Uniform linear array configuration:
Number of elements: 4
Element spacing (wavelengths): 0.25
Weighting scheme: hamming
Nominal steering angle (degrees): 0
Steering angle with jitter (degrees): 0.7566
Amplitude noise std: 0.05
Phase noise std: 0.05

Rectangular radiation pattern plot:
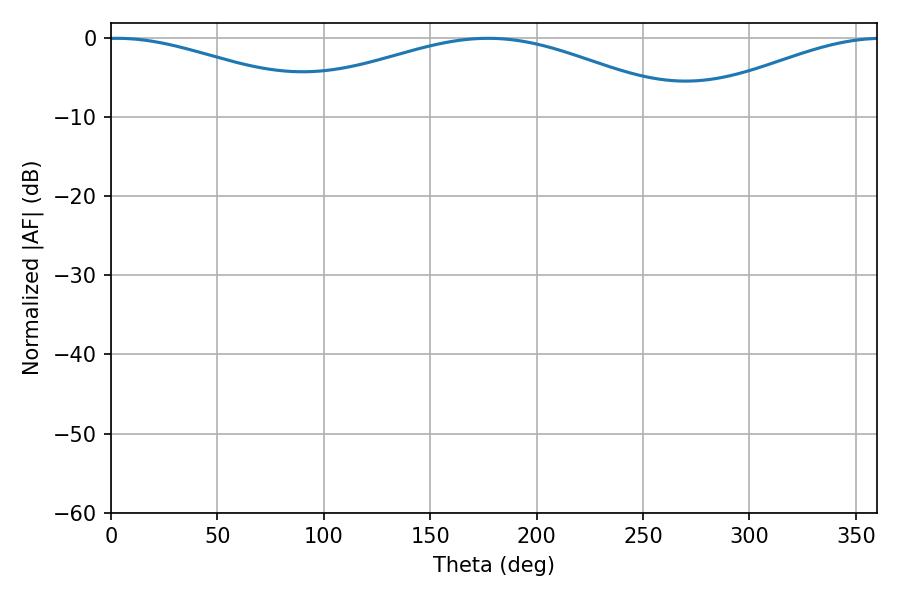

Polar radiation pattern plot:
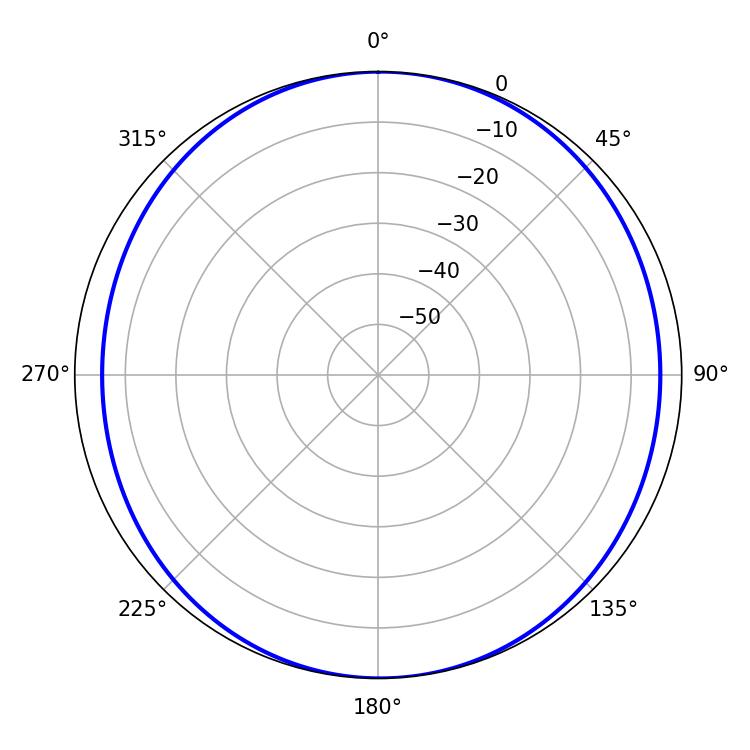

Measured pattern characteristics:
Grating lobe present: FALSE
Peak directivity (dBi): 10.47
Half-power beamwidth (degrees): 58.32
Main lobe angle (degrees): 2.88